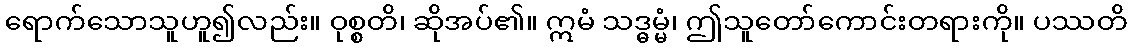
ရောက်သောသူဟူ၍လည်း။ ဝုစ္စတိ၊ ဆိုအပ်၏။ ဣမံ သဒ္ဓမ္မံ၊ ဤသူတော်ကောင်းတရားကို။ ပဿတိ